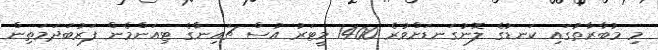
މި މުބާރާތުގައި ކަނޑުގެ ލޮނުގަނޑަށްވުރެ 1400 މީޓަރު އުސް ޗައިނާގެ ޓިއަންމެން ފަރުބަދަމަތިން